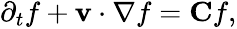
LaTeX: \begin{array}{r}{\partial_{t}f+\mathbf v\cdot\nabla f=\mathbf Cf,}\end{array}